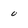
Character: 0